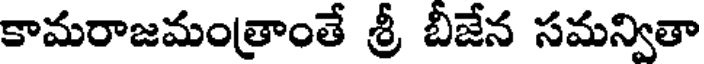
కామరాజమంత్రాంతే శ్రీ బీజేన సమన్వితా